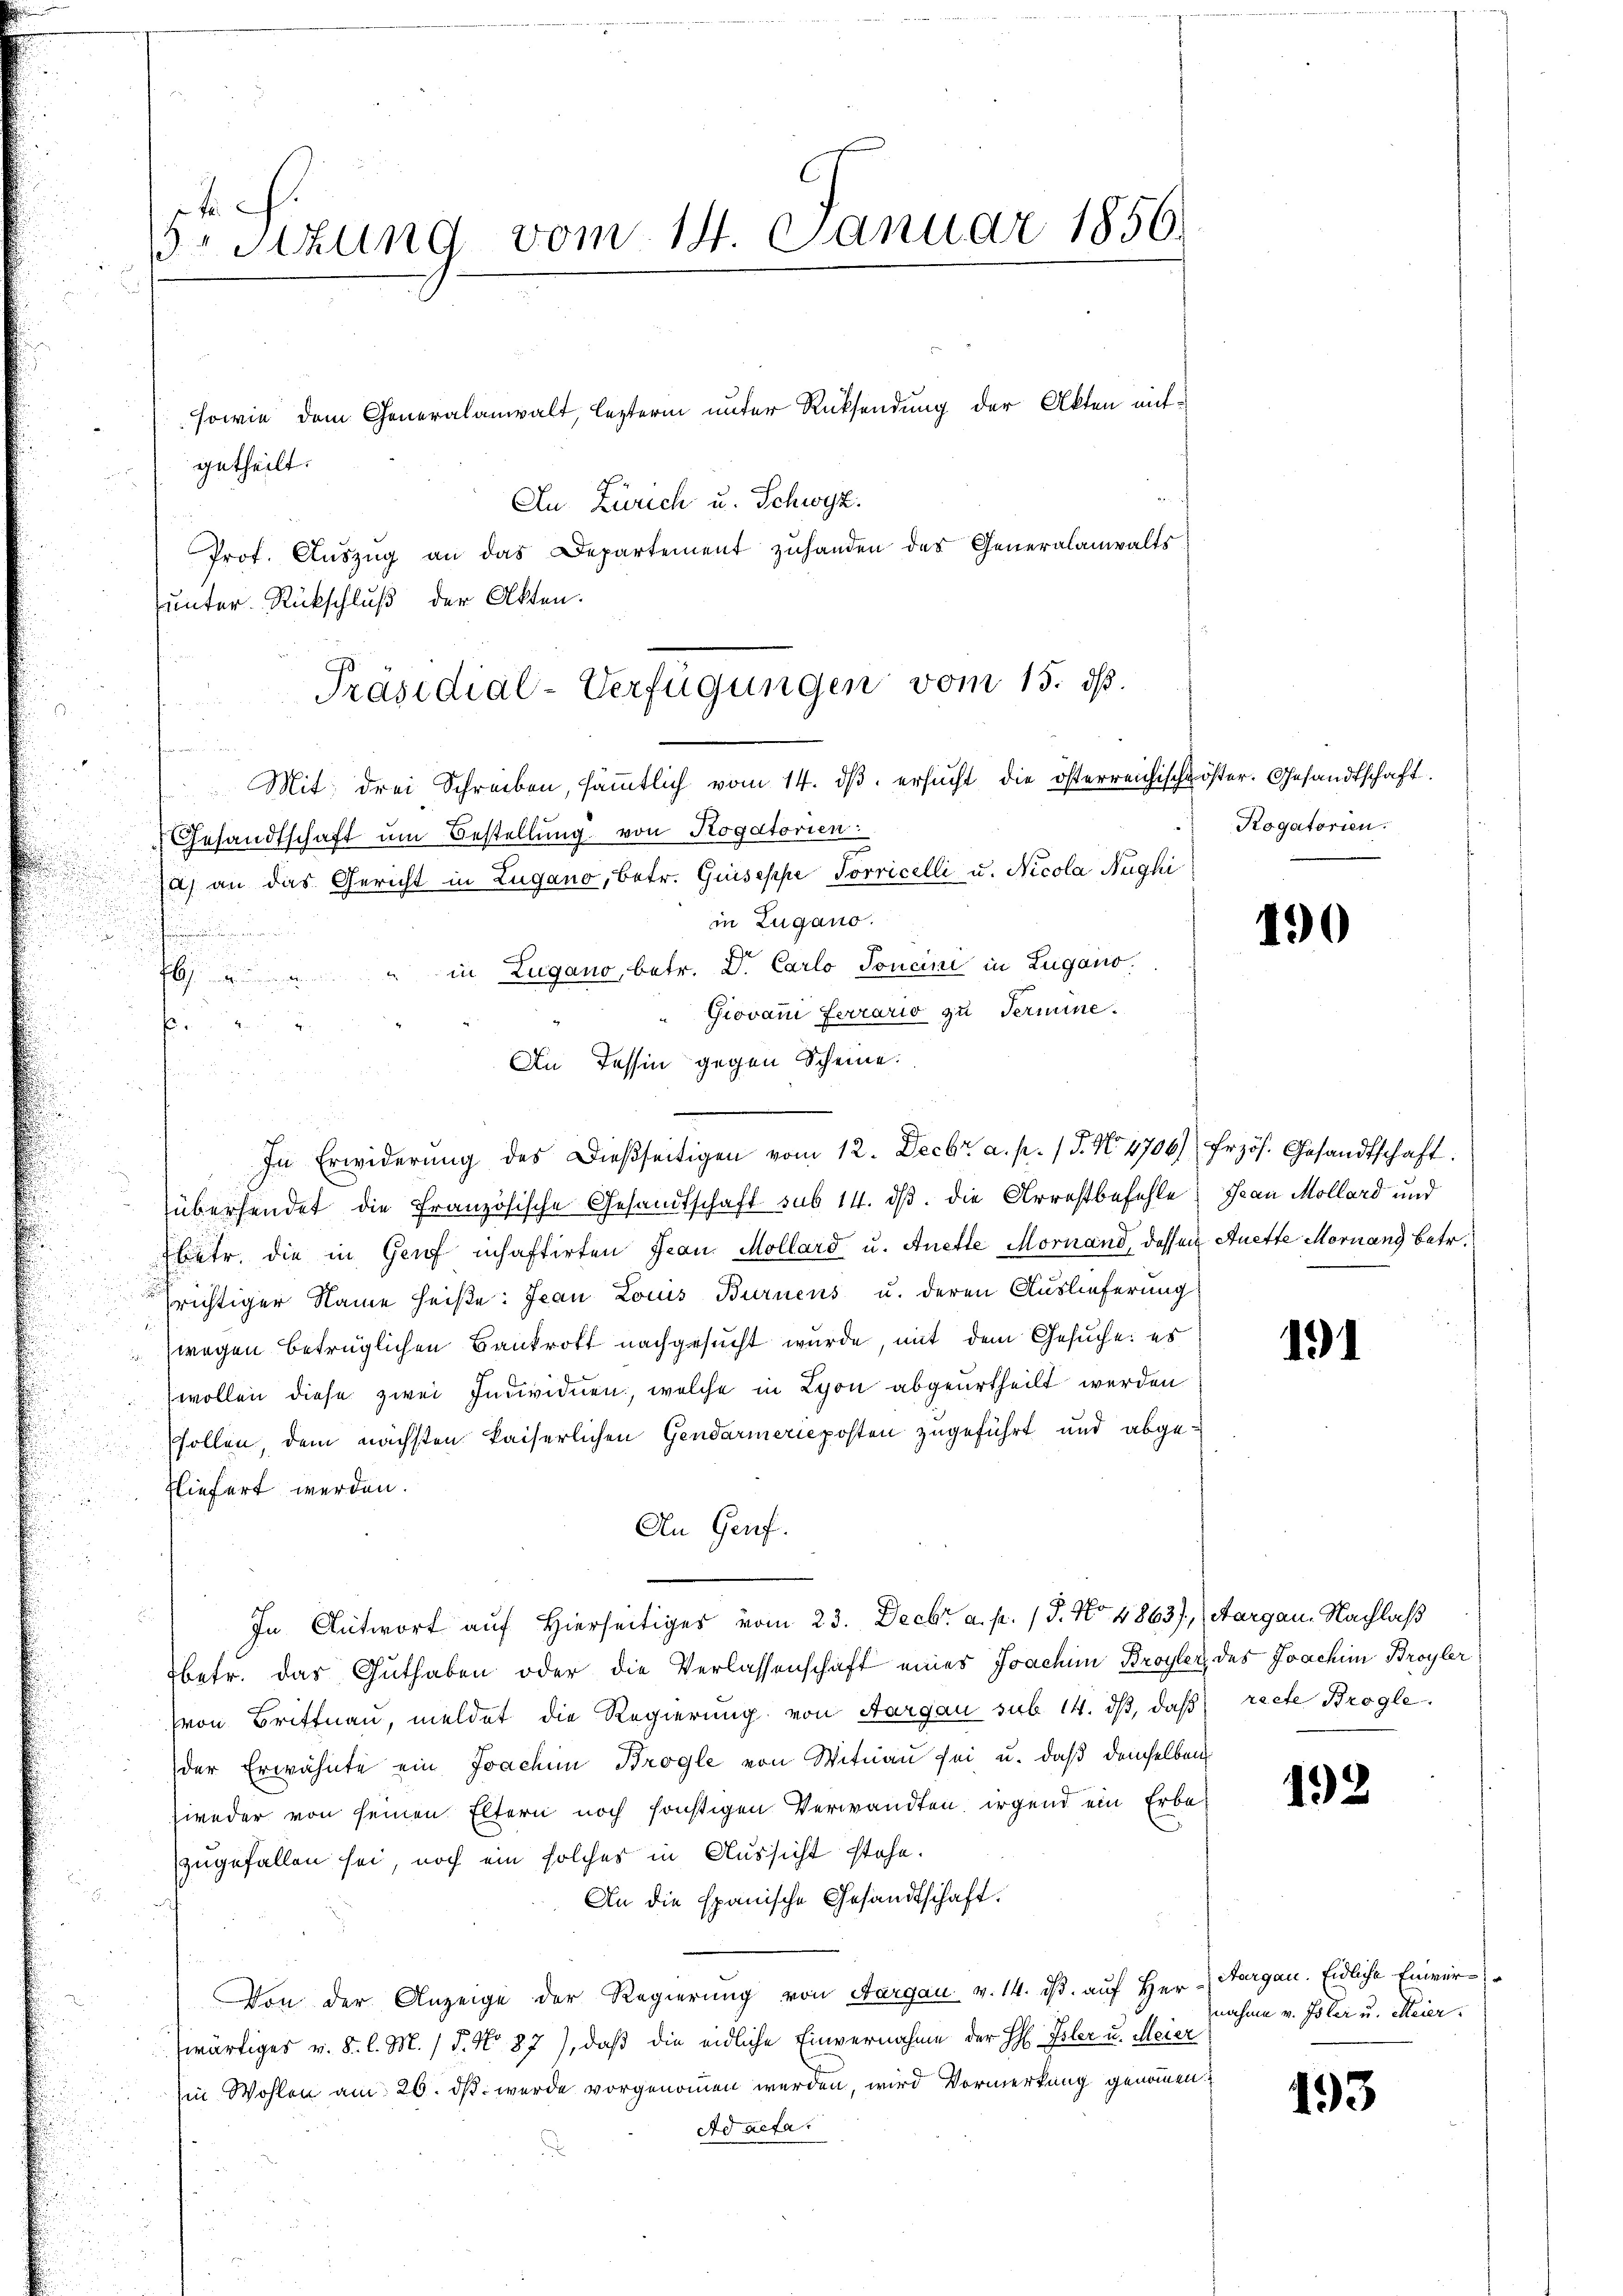
5 sizung vom 14. Januar 1850.

sowie dem Generalanwalt, lezterm unter Rücksendung der Akten mitgetheilt.
Au Zürich u. Schwyz.
Prof. Aŭszŭg an das Departement zuhanden des Generalanwalts
Junter-Rückschluß der Akten.
Mit drei Schreiben, sämmtlich vom 14. dβ. ersucht die österreichischgöster. Gesandtschaft.
Gesandtschaft um Bestellung von Rogatorien:
a) an das Gericht in Lugano, betr. Guiseppe Sorricelli u. Nicola Nughi
in Zugano.
.
" in Zugano, betr. D. Carlo Toncini in Zugano.

Giovan Ferrario zu Termine.
f
An Tessin gegen Scheine.
e
In Erwiderŭng des Dießseitigen vom 12. Decbr a. p. 1 S. No. 4706) frzös. Gesandtschaft
übersendet die Französische Gesandtschaft sub 14. ds. die Arrestbefehle, Jean Mollard und
betr. die in Genf inhaftirten Jean Mollard u. Anette Mornand, dassen Auette Moruand betr.
richtiger Name heiße: Jean Louis Burnens u. deren Auslieferung
wegen betrüglichen Bankrott nachgesucht wurde, mit dem Gesuche: es
wollen diese zwei Individuen, welche in Lyon abgeurtheilt werden
sollen, dem nächsten kaiserlichen Gendarmerieposten zugeführt und abgefliefert werden.
An Genf.
.
In Antwort auf Hierseitiges vom 23. Decbr a. p. 15. No 4863), Aargau. Nachlaß
betr. das Guthaben oder die Verlassenschaft eines Joachim Broyler des Joachim Broyler
(von Brittnau, meldet die Regierung von Aargau sub 14. dβ, daß recte Brogle
der Erwähnte ein Joachim Brogle von Witnau sei u. daß demselben
weder von seinen Eltern noch sonstigen Verwandten, irgend ein Erbe
zugefallen sei, noch ein solches in Aussicht stehe.
An die spanische Gesandtschaft.
Von der Anzeige der Regierung von Aargau v. 14. ds. aŭf her-Aargau. Eidliche Einver-
wärtiges v. 8. l. M. / 5. No 87), daß die eidliche Einvernahme der H Isler u. Meier
Ein Wohlen am 26. ds. wurde vorgenommen werden, wird Vormerkung genommen
Ad aefa.

Präsidial-Verfügungen vom 15. d.

Rogatorien.

190

191

192

nahme v. Ister u. Meier.

193